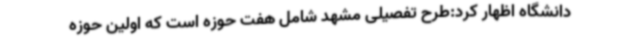
دانشگاه اظهار کرد:طرح تفصیلی مشهد شامل هفت حوزه است که اولین حوزه